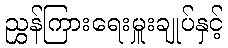
ညွှန်ကြားရေးမှူးချုပ်နှင့်